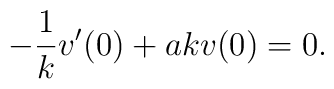
-{1\over k}v'(0) +akv(0) =0.